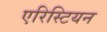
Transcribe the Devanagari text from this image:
एरिस्टियन